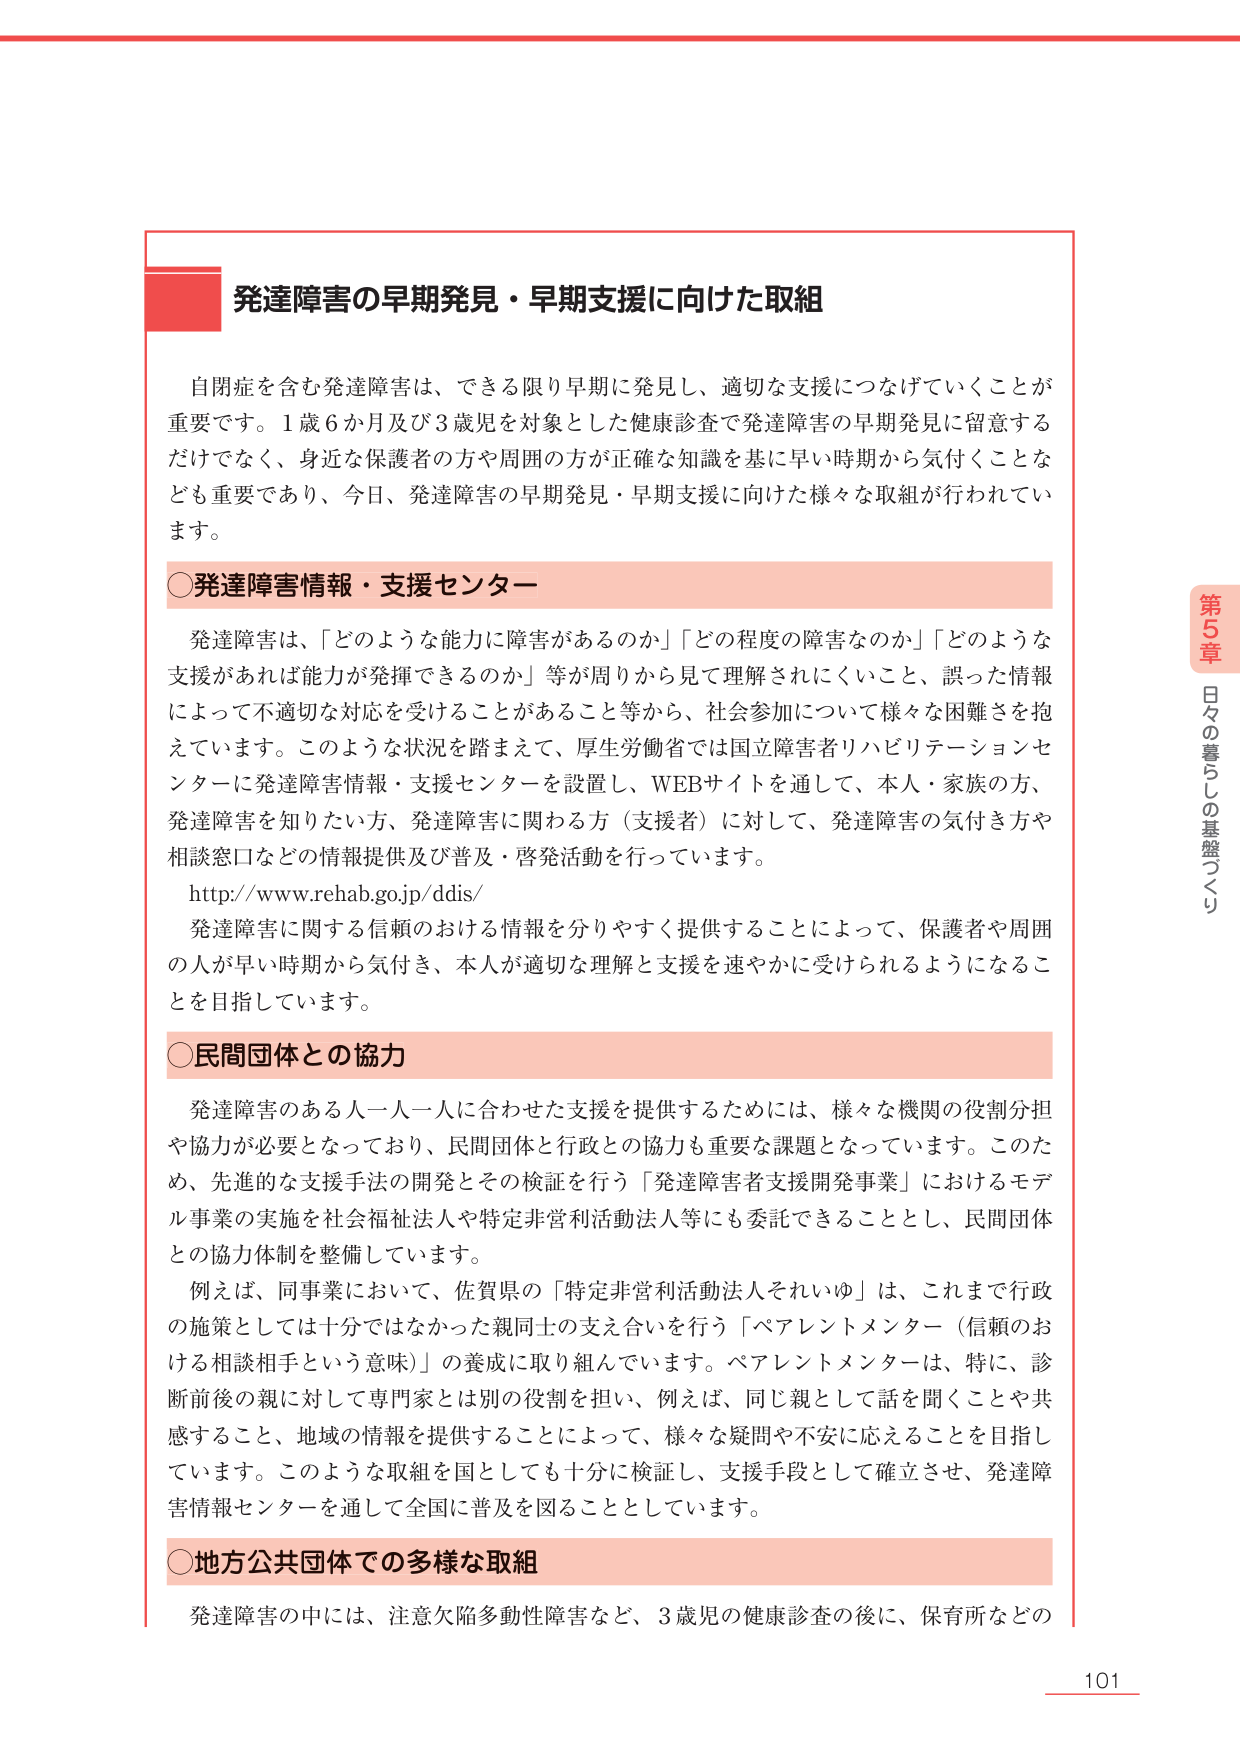
発達障害の早期発見・早期支援に向けた取組

自閉症を含む発達障害は、できる限り早期に発見し、適切な支援につなげていくことが重要です。1歳6か月及び3歳児を対象とした健康診査で発達障害の早期発見に留意するだけでなく、身近な保護者の方や周囲の方が正確な知識を基に早い時期から気付くことなども重要であり、今日、発達障害の早期発見・早期支援に向けた様々な取組が行われています。

○発達障害情報・支援センター

発達障害は、「どのような能力に障害があるのか」「どの程度の障害なのか」「どのような支援があれば能力が発揮できるのか」等が周りから見て理解されにくいこと、誤った情報によって不適切な対応を受けることがあること等から、社会参加について様々な困難さを抱えています。このような状況を踏まえて、厚生労働省では国立障害者リハビリテーションセンターに発達障害情報・支援センターを設置し、WEBサイトを通じて、本人・家族の方、発達障害を知りたい方、発達障害に関わる方（支援者）に対して、発達障害の気付き方や相談窓口などの情報提供及び普及・啓発活動を行っています。

http://www.rehab.go.jp/ddis/

発達障害に関する信頼のおける情報を分りやすく提供することによって、保護者や周囲の人が早い時期から気付き、本人が適切な理解と支援を速やかに受けられるようになることを目指しています。

○民間団体との協力

発達障害のある人一人一人に合わせた支援を提供するためには、様々な機関の役割分担や協力が必要となっており、民間団体と行政との協力も重要な課題となっています。このため、先進的な支援手法の開発とその検証を行う「発達障害者支援開発事業」におけるモデル事業の実施を社会福祉法人や特定非営利活動法人等にも委託できることとし、民間団体との協力体制を整備しています。

例えば、同事業において、佐賀県の「特定非営利活動法人それいゆ」は、これまで行政の施策としては十分ではなかった親同士の支え合いを行う「ペアレントメンター（信頼のおける相談相手という意味）」の養成に取り組んでいます。ペアレントメンターは、特に、診断前後の親に対して専門家とは別の役割を担い、例えば、同じ親として話を聞くことや共感すること、地域の情報を提供することによって、様々な疑問や不安に応えることを目指しています。このような取組を国としても十分に検証し、支援手段として確立させ、発達障害情報センターを通じて全国に普及を図ることとしています。

○地方公共団体での多様な取組

発達障害の中には、注意欠陥多動性障害など、3歳児の健康診査の後に、保育所などの

第5章 日々の暮らしを支える

101